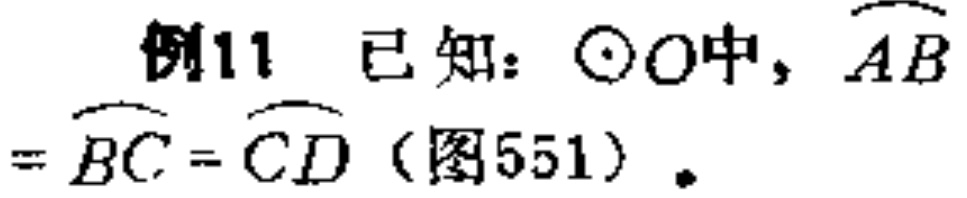
例11 已知：$\odot O$中，$\overset{\frown}{AB}=\overset{\frown}{BC}=\overset{\frown}{CD}$（图551）.